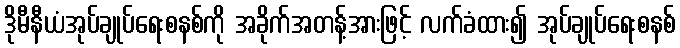
ဒိုမီနီယံအုပ်ချုပ်ရေးစနစ်ကို အခိုက်အတန့်အားဖြင့် လက်ခံထား၍ အုပ်ချုပ်ရေးစနစ်